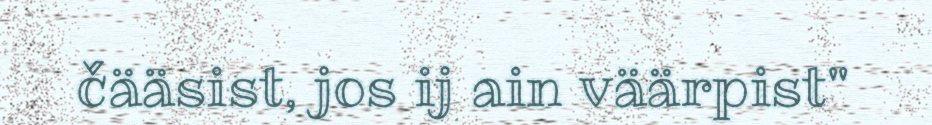
čääsist, jos ij ain väärpist"